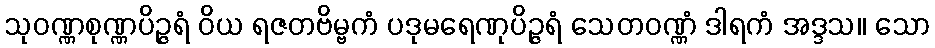
သုဝဏ္ဏစုဏ္ဏပိဉ္ဇရံ ဝိယ ရဇတဗိမ္ဗကံ ပဒုမရေဏုပိဉ္ဇရံ သေတဝဏ္ဏံ ဒါရကံ အဒ္ဒသ။ သော